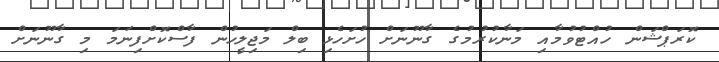
ކޮރަޕްޝަން ހުއްޓުވުމާއި މަނާކުރުމުގެ ގާނޫނަށް ހުށަހެޅި ބިލް މަޖިލީހުން ފާސްކޮށްފިނަމަ މި ގާނޫނަށް